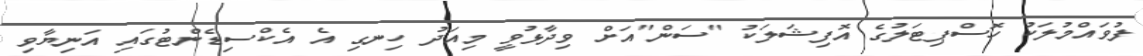
ފުވައްމުލަކު ހޮސްޕިޓަލުގެ އޮފިޝަލަކު "ސަން"އަށް ވިދާޅުވީ މިއަދު ހިނގި އެ އެކްސިޑެންޓުގައި އަނިޔާވި